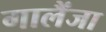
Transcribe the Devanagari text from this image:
गालैंजा